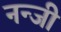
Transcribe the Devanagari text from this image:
नन्जी